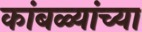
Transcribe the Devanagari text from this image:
कांबळ्यांच्या